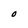
Character: O